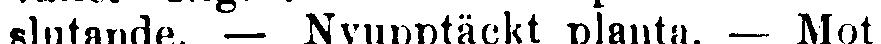
slutande. — Nyupptäckt planta. — Mot-